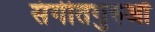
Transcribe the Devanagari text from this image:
संगीतगुरुओं